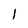
Character: 1